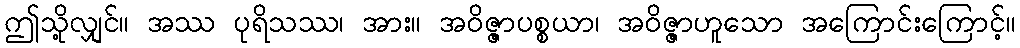
ဤသို့လျှင်။ အဿ ပုရိသဿ၊ အား။ အဝိဇ္ဇာပစ္စယာ၊ အဝိဇ္ဇာဟူသော အကြောင်းကြောင့်။